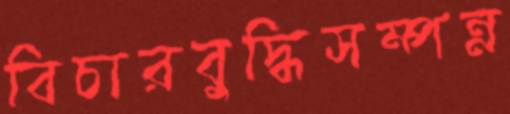
বিচারবুদ্ধিসম্পন্ন